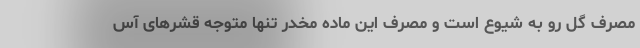
مصرف گل رو به شیوع است و مصرف این ماده مخدر تنها متوجه قشر‌های آس